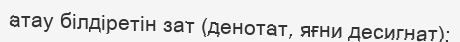
атау білдіретін зат (денотат, яғни десигнат);